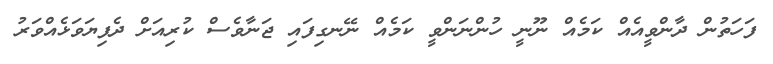
ފަހަތުން ދާންވީއެއް ކަމެއް ނޫނީ ހުންނަންވީ ކަމެއް ނޭނގިފައި ޖަނާވެސް ކުރިއަށް ދެފިޔަވަޅެއްވަރު